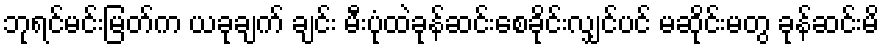
ဘုရင်မင်းမြတ်က ယခုချက် ချင်း မီးပုံထဲခုန်ဆင်းစေခိုင်းလျှင်ပင် မဆိုင်းမတွ ခုန်ဆင်းမိ